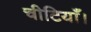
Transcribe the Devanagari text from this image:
चीटियाँ।